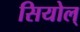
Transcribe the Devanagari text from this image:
सियोल्